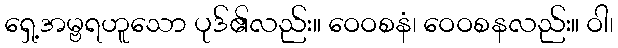
ရှေ့အမ္ဗရဟူသော ပုဒ်၏လည်း။ ဝေဝစနံ၊ ဝေဝစနလည်း။ ဝါ၊